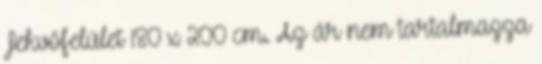
Fekvőfelület 180 x 200 cm. Az ár nem tartalmazza